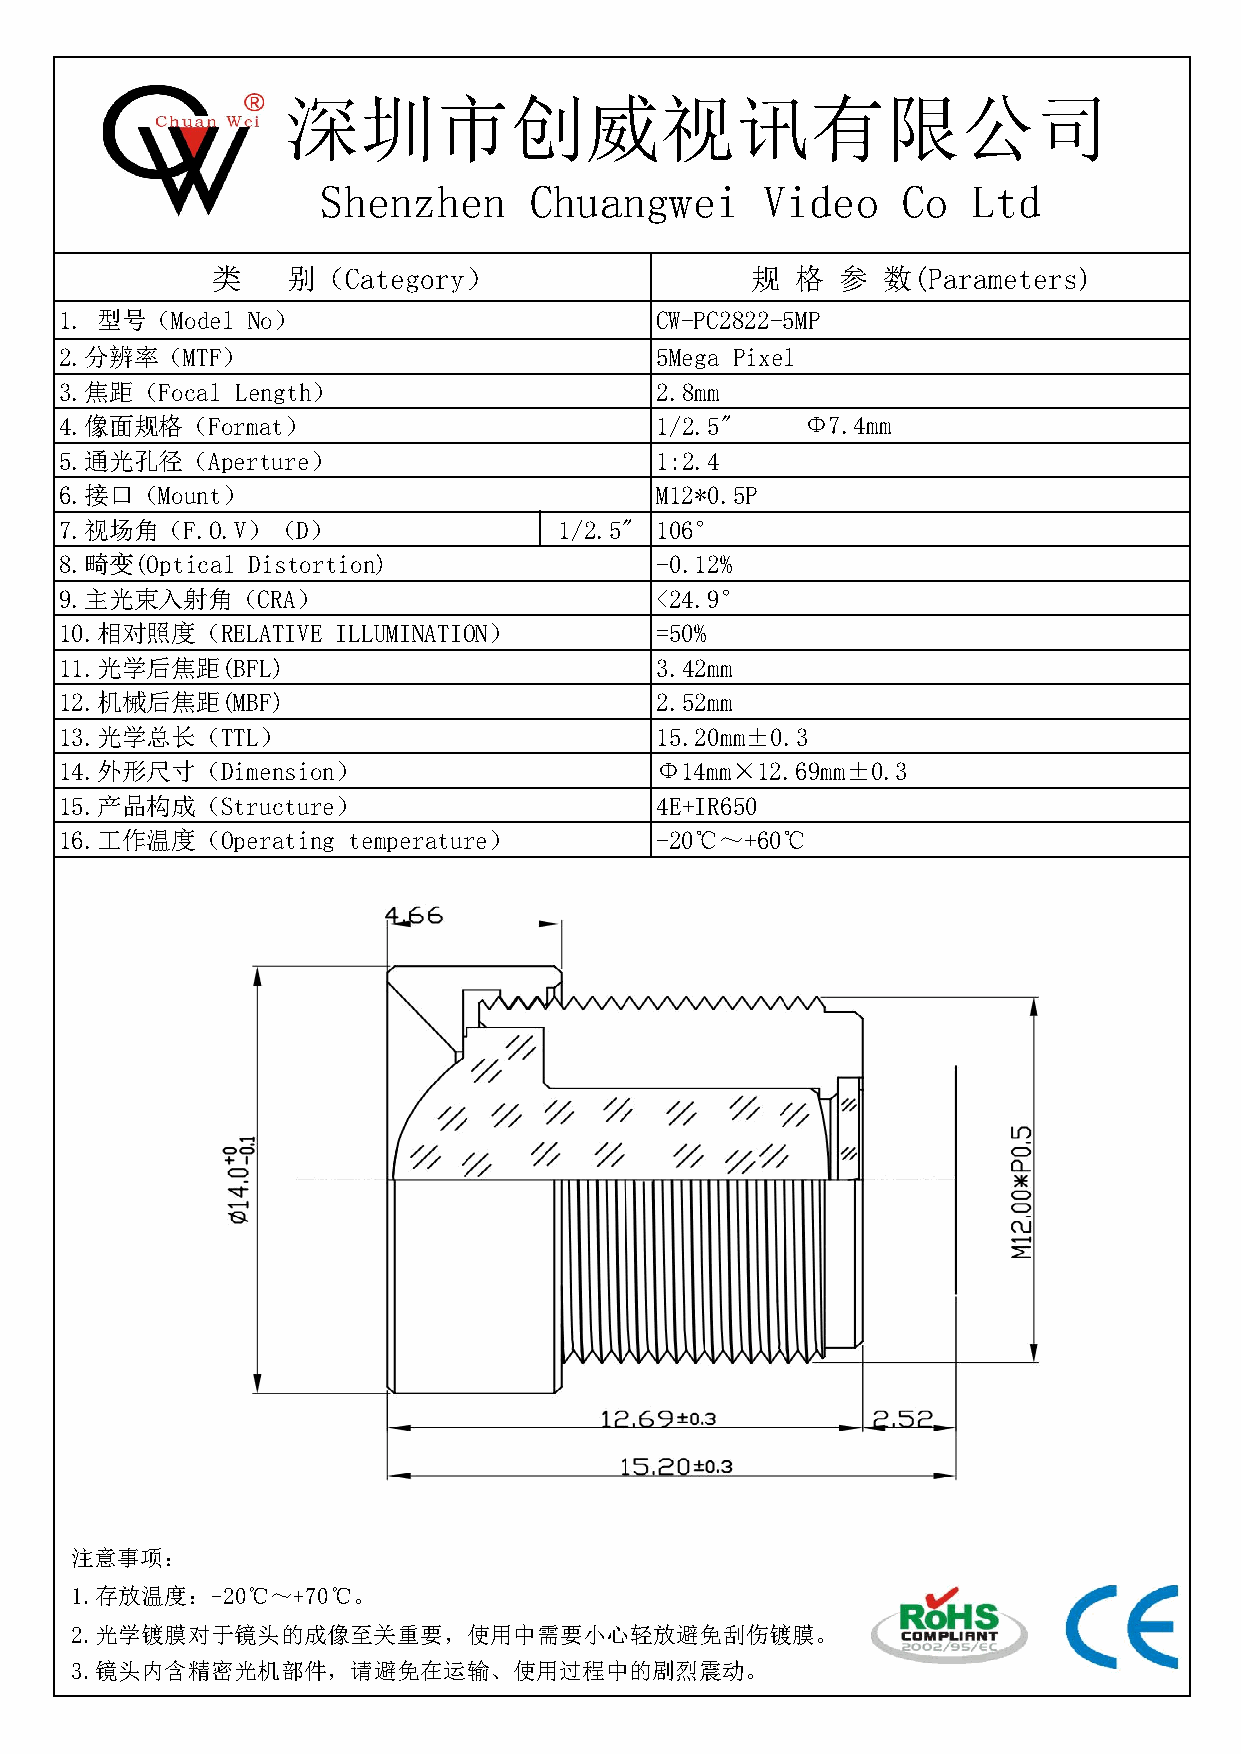
深圳市创威视讯有限公司
 Shenzhen      Chuangwei      Video     Co  Ltd
 类    别（Category）                    规  格  参 数(Parameters)
 1. 型号（Model No）                        CW-PC2822-5MP
 2.分辨率（MTF）                             5Mega Pixel
 3.焦距（Focal  Length）                    2.8mm
 4.像面规格（Format）                         1/2.5"   （Φ7.4mm）
 5.通光孔径（Aperture）                       1:2.4
 6.接口（Mount）                            M12*0.5P
 7.视场角（F.O.V）（D）                  1/2.5" 106°
 8.畸变(Optical Distortion)               -0.12%
 9.主光束入射角（CRA）                          <24.9°
 10.相对照度（RELATIVE  ILLUMINATION）        =50%
 11.光学后焦距(BFL)                          3.42mm
 12.机械后焦距(MBF)                          2.52mm
 13.光学总长（TTL）                           15.20mm±0.3
 14.外形尺寸（Dimension）                     Φ14mm×12.69mm±0.3
 15.产品构成（Structure）                     4E+IR650
 16.工作温度（Operating  temperature）        -20℃～+60℃
 注意事项：
 1.存放温度：-20℃～+70℃。
 2.光学镀膜对于镜头的成像至关重要，使用中需要小心轻放避免刮伤镀膜。
 3.镜头内含精密光机部件，请避免在运输、使用过程中的剧烈震动。